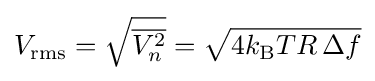
V_{\text{rms}}={\sqrt {\overline {V_{n}^{2}}}}={\sqrt {4k_{\text{B}}TR\,\Delta f}}